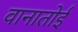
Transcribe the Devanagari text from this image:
वानातोई